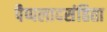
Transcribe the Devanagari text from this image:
पैप्पलादसंहिता